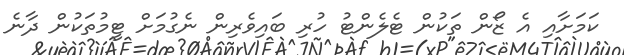
ކަމަށާއި އެ ޒޯން ތަކުން ޓެލެންޓު ހުރި ބައިވެރިން ނެގުމަށް ޓީމުތަކުން ދާނެ